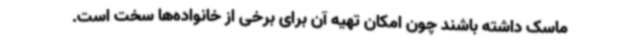
ماسک داشته باشند چون امکان تهیه آن برای برخی از خانواده‌ها سخت است.